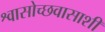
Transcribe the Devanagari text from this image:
श्वासोच्छवासाशी